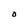
Character: O